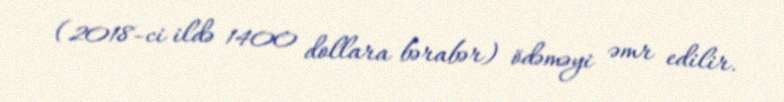
(2018-ci ildə 1400 dollara bərabər) ödəməyi əmr edilir.